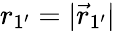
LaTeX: r_{1^{\prime}}=|\vec{r}_{1^{\prime}}|